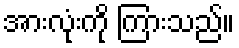
အားလုံးကို ကြားသည်။